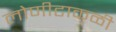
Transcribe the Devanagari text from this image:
लोणीटाकळी